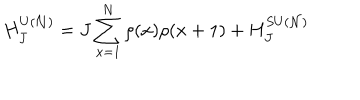
LaTeX: H _ { J } ^ { U ( { \cal N } ) } = J \sum _ { x = 1 } ^ { N } \rho ( x ) \rho ( x + 1 ) + H _ { J } ^ { S U ( { \cal N } ) }